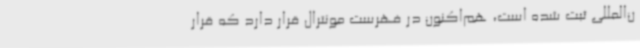
ن‌المللی ثبت شده است، هم‌اکنون در فهرست مونترال قرار دارد که قرار